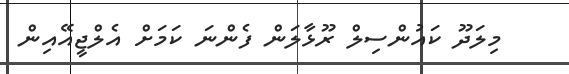
މިލަދޫ ކައުންސިލް ރޫޅާލަން ފެންނަ ކަމަށް އެލްޖީއޭއިން